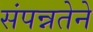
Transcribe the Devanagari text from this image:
संपन्नतेने